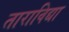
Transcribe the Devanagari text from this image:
ताराविद्या